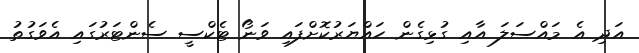
އަދި އެ މައްސަލަ އާއި ގުޅިގެން ހައްޔަރުކޮށްފައި ވަނޯ ޓެކްސީ ސެންޓަރުގައި އެވަގުތު